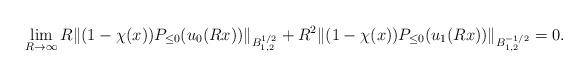
LaTeX: \begin{align*}\lim_{R \rightarrow \infty} R \| (1 - \chi(x)) P_{\leq 0} (u_{0}(Rx)) \|_{B_{1,2}^{1/2}} + R^{2} \| (1 - \chi(x)) P_{\leq 0} (u_{1}(Rx)) \|_{B_{1,2}^{-1/2}} = 0.\end{align*}